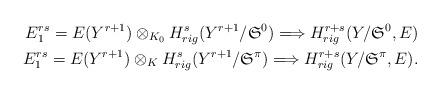
LaTeX: \begin{align*}E_{1}^{rs}=E(Y^{r+1})\otimes_{K_0}H^s_{rig}(Y^{r+1}/{\mathfrak S}^{0} )\Longrightarrow H^{r+s}_{rig}(Y/{\mathfrak S}^{0},E)\\E_{1}^{rs}=E(Y^{r+1})\otimes_KH^s_{rig}(Y^{r+1}/{\mathfrak S}^{\pi} )\Longrightarrow H^{r+s}_{rig}(Y/{\mathfrak S}^{\pi},E).\end{align*}